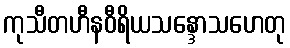
ကုသီတဟီနဝီရိယသန္ဒောသဟေတု